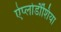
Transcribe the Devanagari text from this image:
ऐप्लोडौंशिया